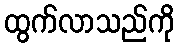
ထွက်လာသည်ကို